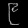
Digit: ၉